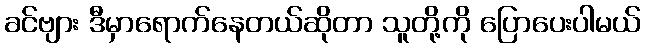
ခင်ဗျား ဒီမှာရောက်နေတယ်ဆိုတာ သူတို့ကို ပြောပေးပါမယ်